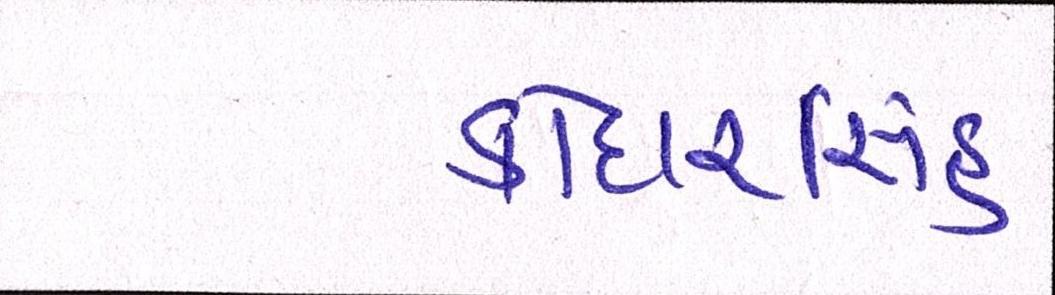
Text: કોદારસિંહ